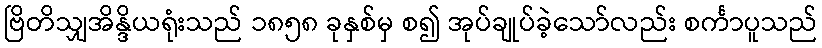
ဗြိတိသျှအိန္ဒိယရုံးသည် ၁၈၅၈ ခုနှစ်မှ စ၍ အုပ်ချုပ်ခဲ့သော်လည်း စင်္ကာပူသည်